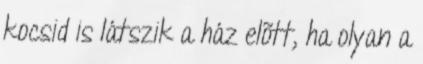
kocsid is látszik a ház elõtt, ha olyan a